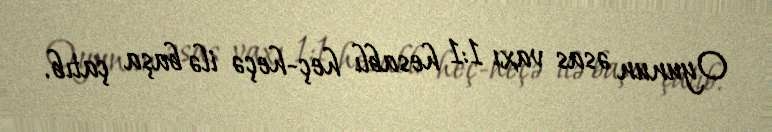
Oyunun əsas vaxı 1:1 hesablı heç-heçə ilə başa çatıb.